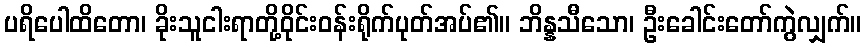
ပရိပေါထိတော၊ ခိုးသူငါးရာတို့ဝိုင်းဝန်းရိုက်ပုတ်အပ်၏။ ဘိန္နသီသော၊ ဦးခေါင်းတော်ကွဲလျှက်။